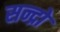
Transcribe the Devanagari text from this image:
सन्द्रो